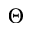
\Theta